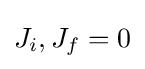
J_{i},J_{f}=0